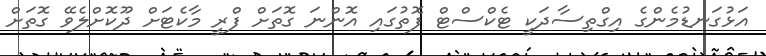
އަޅުގަނޑުމެންގެ އިގްތިސާދަކީ ޓެކްސްޓް ފޮތުގައި އޮންނަ ގޮތަށް ފްރީ މާކެޓަށް ދޫކޮށްލެވޭ ގޮތަށް